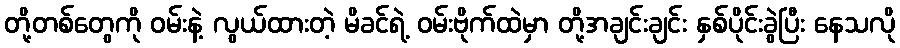
တို့တစ်တွေကို ဝမ်းနဲ့ လွယ်ထားတဲ့ မိခင်ရဲ့ ဝမ်းဗိုက်ထဲမှာ တို့အချင်းချင်း နှစ်ပိုင်းခွဲပြီး နေသလို